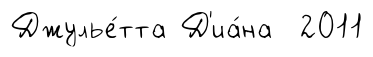
Джулье́тта Д'иа́на 2011